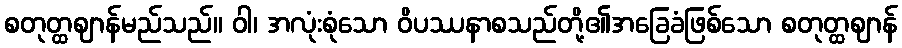
စတုတ္ထဈာန်မည်သည်။ ဝါ၊ အလုံးစုံသော ဝိပဿနာစသည်တို့၏အခြေခံဖြစ်သော စတုတ္ထဈာန်